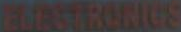
ELECTRONICS